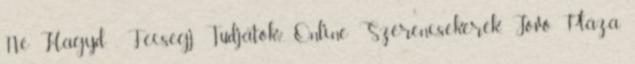
Ne Hagyd , Fecsegj, Tudjátok?, Online Szerencsekerék, Jövő Pláza,